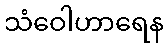
သံဝေါဟာရေန